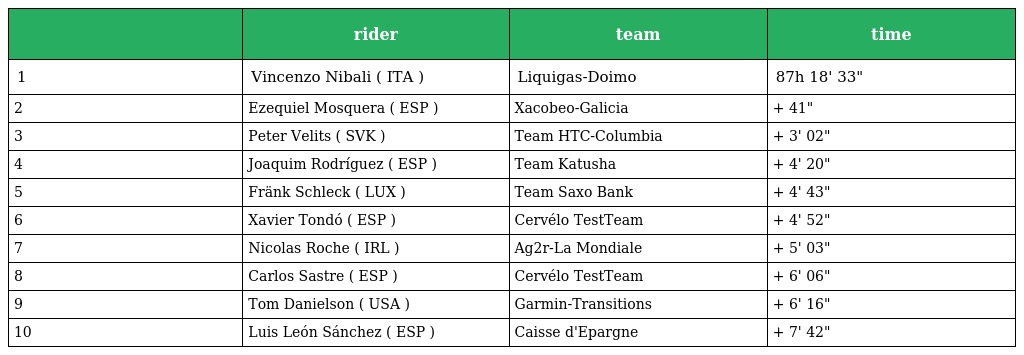
|  | rider | team | time |
 | --- | --- | --- | --- |
 | 1 | Vincenzo Nibali ( ITA ) | Liquigas-Doimo | 87h 18' 33" |
 | 2 | Ezequiel Mosquera ( ESP ) | Xacobeo-Galicia | + 41" |
 | 3 | Peter Velits ( SVK ) | Team HTC-Columbia | + 3' 02" |
 | 4 | Joaquim Rodríguez ( ESP ) | Team Katusha | + 4' 20" |
 | 5 | Fränk Schleck ( LUX ) | Team Saxo Bank | + 4' 43" |
 | 6 | Xavier Tondó ( ESP ) | Cervélo TestTeam | + 4' 52" |
 | 7 | Nicolas Roche ( IRL ) | Ag2r-La Mondiale | + 5' 03" |
 | 8 | Carlos Sastre ( ESP ) | Cervélo TestTeam | + 6' 06" |
 | 9 | Tom Danielson ( USA ) | Garmin-Transitions | + 6' 16" |
 | 10 | Luis León Sánchez ( ESP ) | Caisse d'Epargne | + 7' 42" |